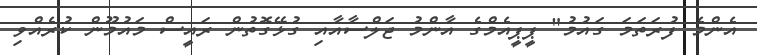
އެންމެ ފުރަތަމަ ގައުމު" ޕީޕީއެމްގެ އާންމު ޖަލްސާއާއި ގުޅޭގޮތުން ރައީސް މައުމޫން ކުރެއްވި